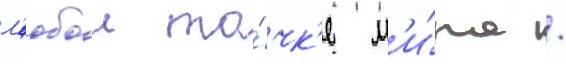
л'юбои то́чк'е м'и́ра /